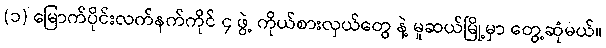
(၁) မြောက်ပိုင်းလက်နက်ကိုင် ၄ ဖွဲ့ ကိုယ်စားလှယ်တွေ နဲ့ မူဆယ်မြို့မှာ တွေ့ဆုံမယ်။